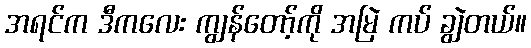
အရင်က ဒီကလေး ကျွန်တော့်ကို အမြဲ ကပ် ချွဲတယ်။